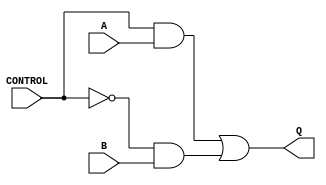
/******************************************************
 * $Workfile::                                       
 * $Author::                                         
 * $Date::                                           
 * $Revision::                                       
 *
 *
 * This header files defines the input/output
******************************************************/
`timescale 1 ns / 10 ps

module mux
  (
   output reg                  Q,
   input wire                  CONTROL,
   input wire                  A,
   input wire                  B

   );

   wire notcontrol;
   
   //-----------------------------------------------
   // Multiplex inputs A and B
   //-----------------------------------------------
   always @(CONTROL or notcontrol or A or B)
   begin
        Q = (CONTROL & A) | (notcontrol & B);
   end 

    not (notcontrol, CONTROL);
endmodule